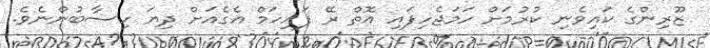
ޒޫރިންގެ ކައިވެނި ކުރުމަށް ހަމަޖެހިފައި އޮތް ރޭ ފައިހަމް އެގެއަށް ދިޔަ ހިސާބުންނެވެ.